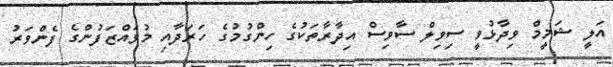
އަލީ ޝަމީމް ވިދާޅުވީ ސިވިލް ސާވިސް އިދާރާތަކުގެ ހިންގުމުގެ ހަރަދާއި މުވައްޒަފުންގެ ފެންވަރު